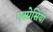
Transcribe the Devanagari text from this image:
एस्पेसियो